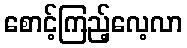
စောင့်ကြည့်လေ့လာ